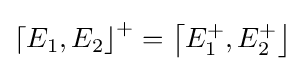
\left\lceil E_{1},E_{2}\right\rfloor ^{+}=\left\lceil E_{1}^{+},E_{2}^{+}\right\rfloor